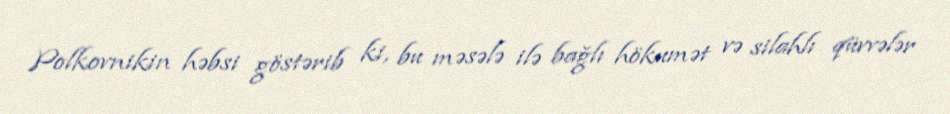
Polkovnikin həbsi göstərib ki, bu məsələ ilə bağlı hökumət və silahlı qüvvələr